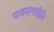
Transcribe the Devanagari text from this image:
पावमानादीनि